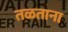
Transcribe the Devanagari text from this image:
तळताना